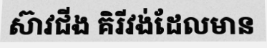
ស៊ាវជីង គិរីវង់ដែលមាន